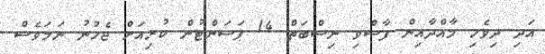
އަދި ދިވެހި މާއްދާއިން ފާސްވި ނިސްބަތް 14 ޕަސަންޓުން ކުރިއަށް ޖެހުނު ނަމަވެސް